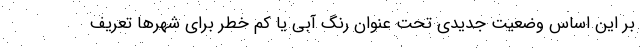
بر این اساس وضعیت جدیدی تحت عنوان رنگ آبی یا کم خطر برای شهرها تعریف